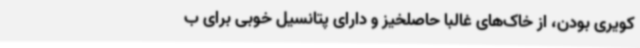
کویری بودن، از خاک‌های غالباً حاصلخیز و دارای پتانسیل خوبی برای ب